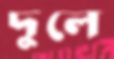
দুলে